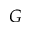
G